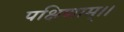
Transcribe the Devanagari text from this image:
पक्षिणाम्।।